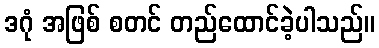
ဒဂုံ အဖြစ် စတင် တည်ထောင်ခဲ့ပါသည်။